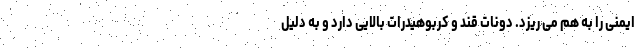
ایمنی را به هم می ریزد. دونات قند و کربوهیدرات بالایی دارد و به دلیل